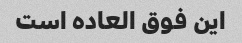
این فوق العاده است